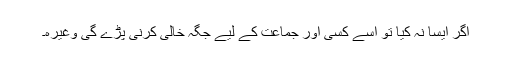
اگر ایسا نہ کیا تو اِسے کسی اور جماعت کے لیے جگہ خالی کرنی پڑے گی وغیرہ۔